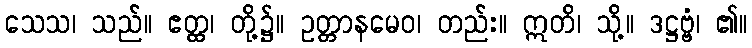
သေသ၊ သည်။ ဧတ္ထ၊ တို့၌။ ဥတ္တာနမေဝ၊ တည်း။ ဣတိ၊ သို့။ ဒဋ္ဌဗ္ဗံ၊ ၏။